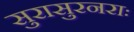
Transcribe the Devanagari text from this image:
सुरासुरनराः